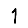
Digit: 1